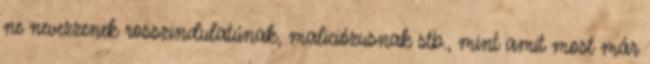
ne nevezzenek rosszindulatúnak, maliciózusnak stb., mint amit most már